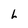
Character: L